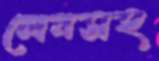
লেনসহ